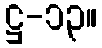
ဋ္ဌ-၁၃။